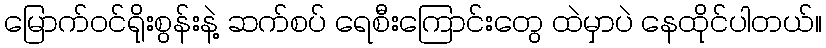
မြောက်ဝင်ရိုးစွန်းနဲ့ ဆက်စပ် ရေစီးကြောင်းတွေ ထဲမှာပဲ နေထိုင်ပါတယ်။